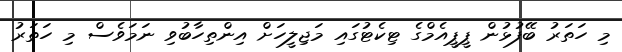
މި ހަތަރު ބޭފުޅުން ޕީޕީއެމްގެ ޓިކެޓުގައި މަޖިލީހަށް އިންތިހާބުވި ނަމަވެސް މި ހަތަރު